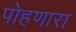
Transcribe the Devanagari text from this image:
पोहणारा